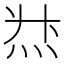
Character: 𱪻